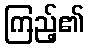
ကြည့်၏